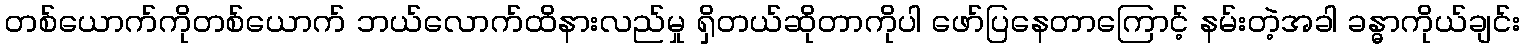
တစ်ယောက်ကိုတစ်ယောက် ဘယ်လောက်ထိနားလည်မှု ရှိတယ်ဆိုတာကိုပါ ဖော်ပြနေတာကြောင့် နမ်းတဲ့အခါ ခန္ဓာကိုယ်ချင်း